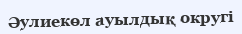
Әулиекөл ауылдық округі